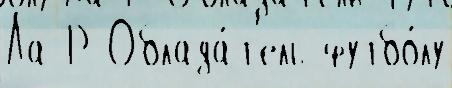
Ла Р Облада́т'ель футбо́лу